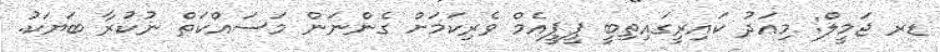
ޑރ ޖަމީލް: މިއަދު ކައިރީގައިތިބީ ޕީޕީއެމް ވެރިކަމަށް ގެންނަން މަސައްކަތް ނުކުރާ ބަޔަކު.